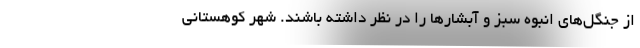
از جنگل‌های انبوه سبز و آبشار‌ها را در نظر داشته باشند. شهر کوهستانی